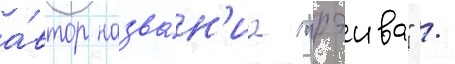
а́втор назва́н'иа "рэива" /